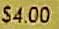
$4.00